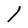
Character: l